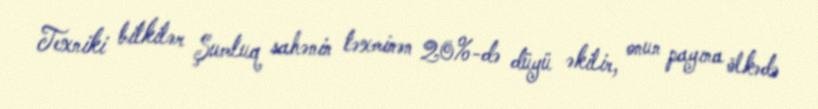
Texniki bitkilər Şumluq sahənin təxminən 20%-də düyü əkilir, onun payına ölkədə